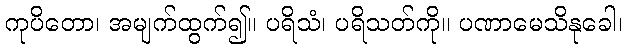
ကုပိတော၊ အမျက်ထွက်၍။ ပရိသံ၊ ပရိသတ်ကို။ ပဏာမေသိနုခေါ၊